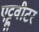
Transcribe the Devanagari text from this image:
एट्टुवीटर